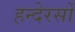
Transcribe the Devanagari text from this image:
हन्देरसों